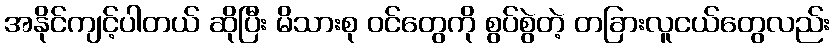
အနိုင်ကျင့်ပါတယ် ဆိုပြီး မိသားစု ဝင်တွေကို စွပ်စွဲတဲ့ တခြားလူငယ်တွေလည်း